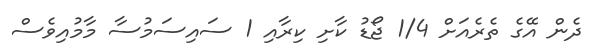
ދެން އޭގެ ތެރެއަށް 1/4 ޖޯޑު ކާށި ކިރާއި 1 ސައިސަމުސާ މާމުއިވެސް